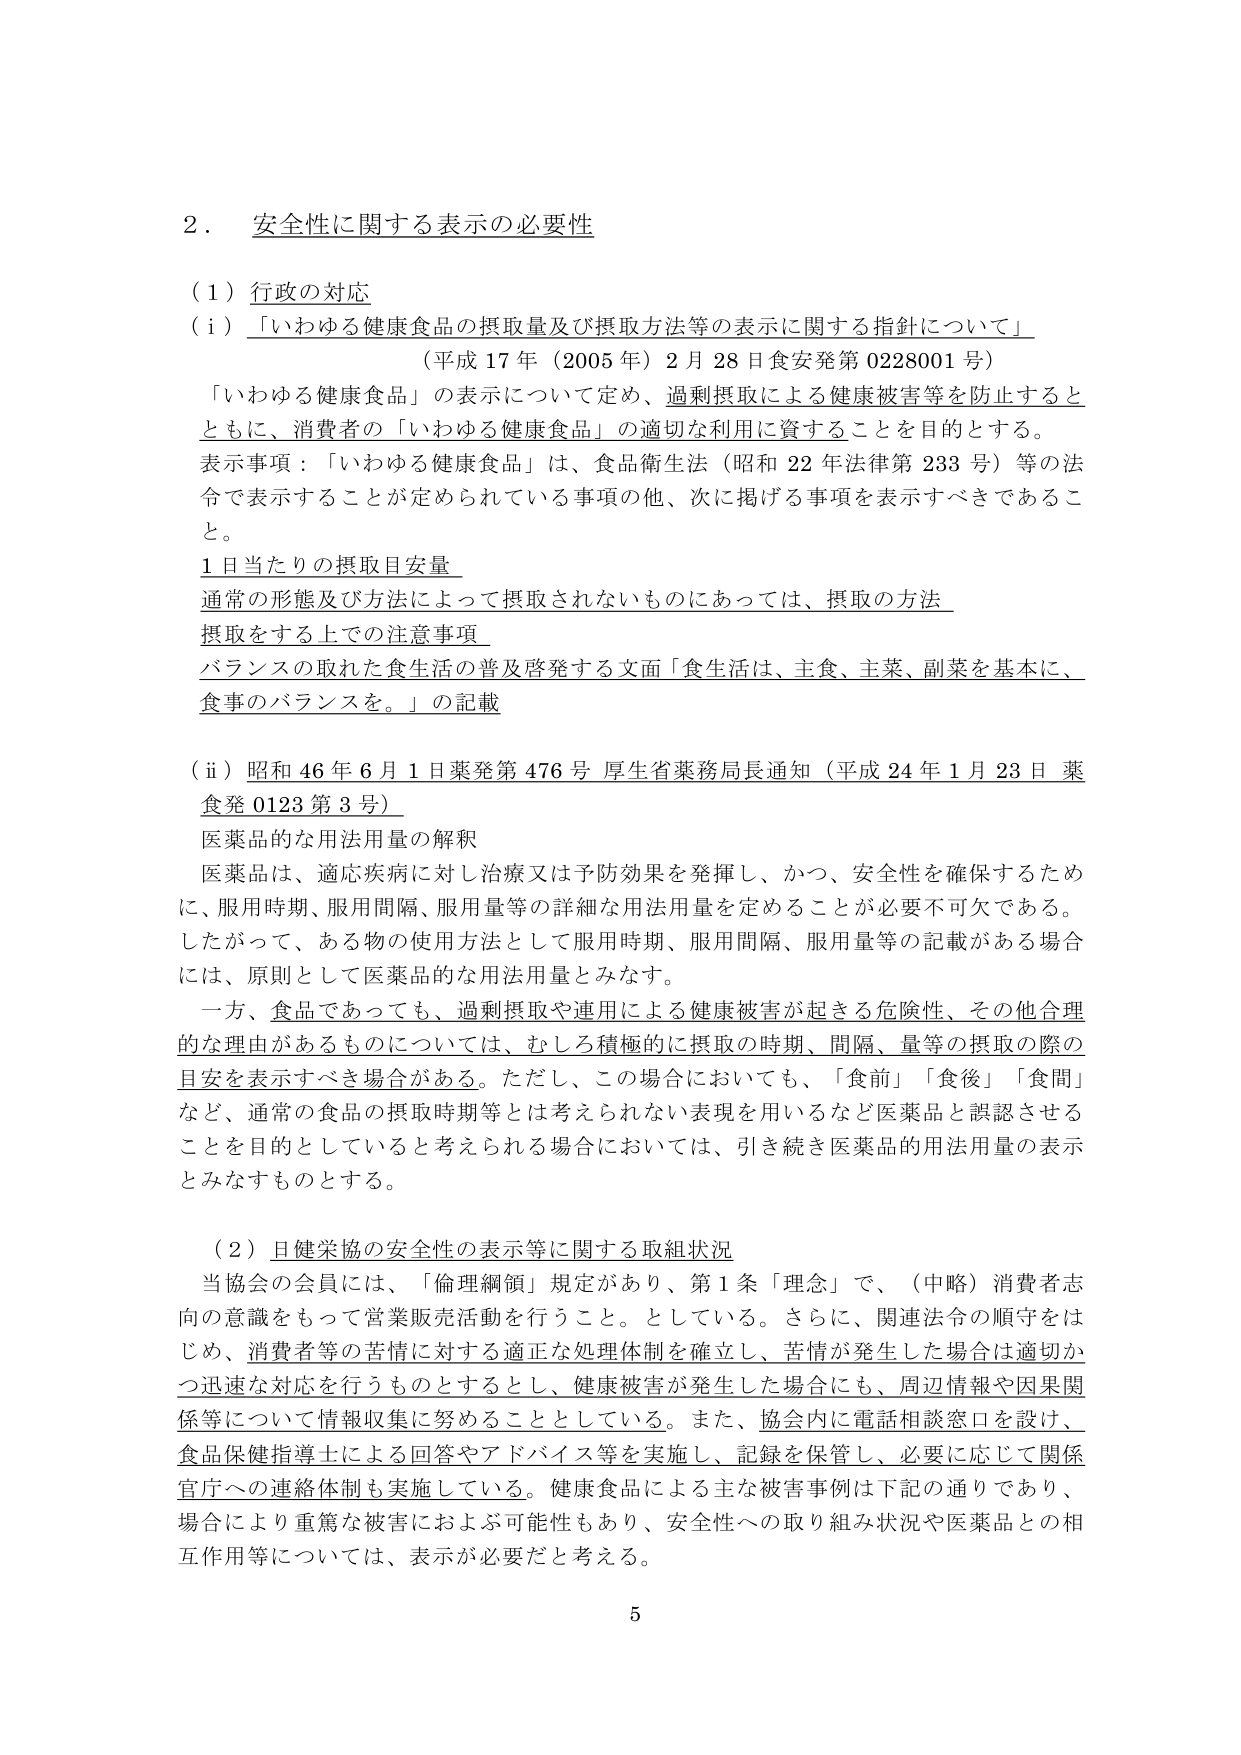
2．安全性に関する表示の必要性

（1）行政の対応

（i）「いわゆる健康食品の摂取量及び摂取方法等の表示に関する指針について」
（平成17年（2005年）2月28日食安発第0228001号）

「いわゆる健康食品」の表示について定め、過剰摂取による健康被害等を防止するとともに、消費者の「いわゆる健康食品」の適切な利用に資することを目的とする。

表示事項：「いわゆる健康食品」は、食品衛生法（昭和22年法律第233号）等の法令で表示することが定められている事項の他、次に掲げる事項を表示すべきであること。

1日当たりの摂取目安量
通常の形態及び方法によって摂取されないものにあっては、摂取の方法
摂取をする上での注意事項
バランスの取れた食生活の普及啓発する文面「食生活は、主食、主菜、副菜を基本に、食事のバランスを。」の記載

（ii）昭和46年6月1日薬発第476号 厚生省薬務局長通知（平成24年1月23日 薬食発0123第3号）

医薬品的な用法用量の解釈

医薬品は、適応疾病に対し治療又は予防効果を発揮し、かつ、安全性を確保するために、服用時期、服用間隔、服用量等の詳細な用法用量を定めることが必要不可欠である。したがって、ある物の使用方法として服用時期、服用間隔、服用量等の記載がある場合には、原則として医薬品的な用法用量とみなす。

一方、食品であっても、過剰摂取や連用による健康被害が起きる危険性、その他合理的な理由があるものについては、むしろ積極的に摂取の時期、間隔、量等の摂取の際の目安を表示すべき場合がある。ただし、この場合においても、「食前」「食後」「食間」など、通常の食品の摂取時期等とは考えられない表現を用いるなど医薬品と誤認させることを目的としていると考えられる場合においては、引き続き医薬品的用法用量の表示とみなすものとする。

（2）日健栄協の安全性の表示等に関する取組状況

当協会の会員には、「倫理綱領」規定があり、第1条「理念」で、（中略）消費者志向の意識をもって営業販売活動を行うこと。としている。さらに、関連法令の順守をはじめ、消費者等の苦情に対する適正な処理体制を確立し、苦情が発生した場合は適切かつ迅速な対応を行うものとするとし、健康被害が発生した場合にも、周辺情報や因果関係等について情報収集に努めることとしている。また、協会内に電話相談窓口を設け、食品保健指導士による回答やアドバイス等を実施し、記録を保管し、必要に応じて関係官庁への連絡体制も実施している。健康食品による主な被害事例は下記の通りであり、場合により重篤な被害におよぶ可能性もあり、安全性への取り組み状況や医薬品との相互作用等については、表示が必要だと考える。

5